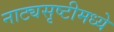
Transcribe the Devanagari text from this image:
नाट्यसृष्टीमध्ये